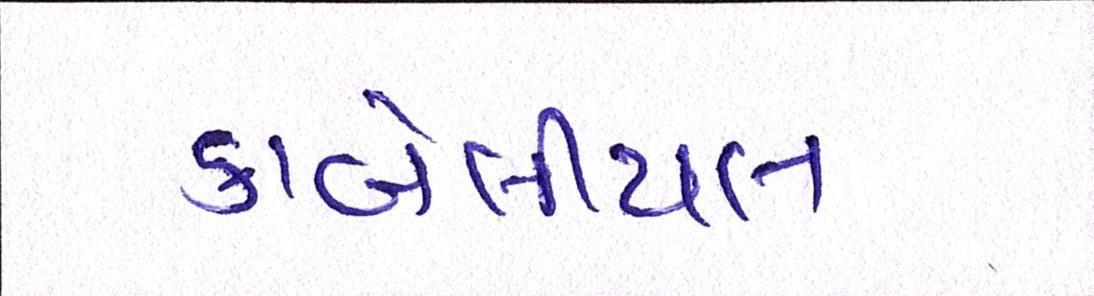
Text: કાબેલીયત